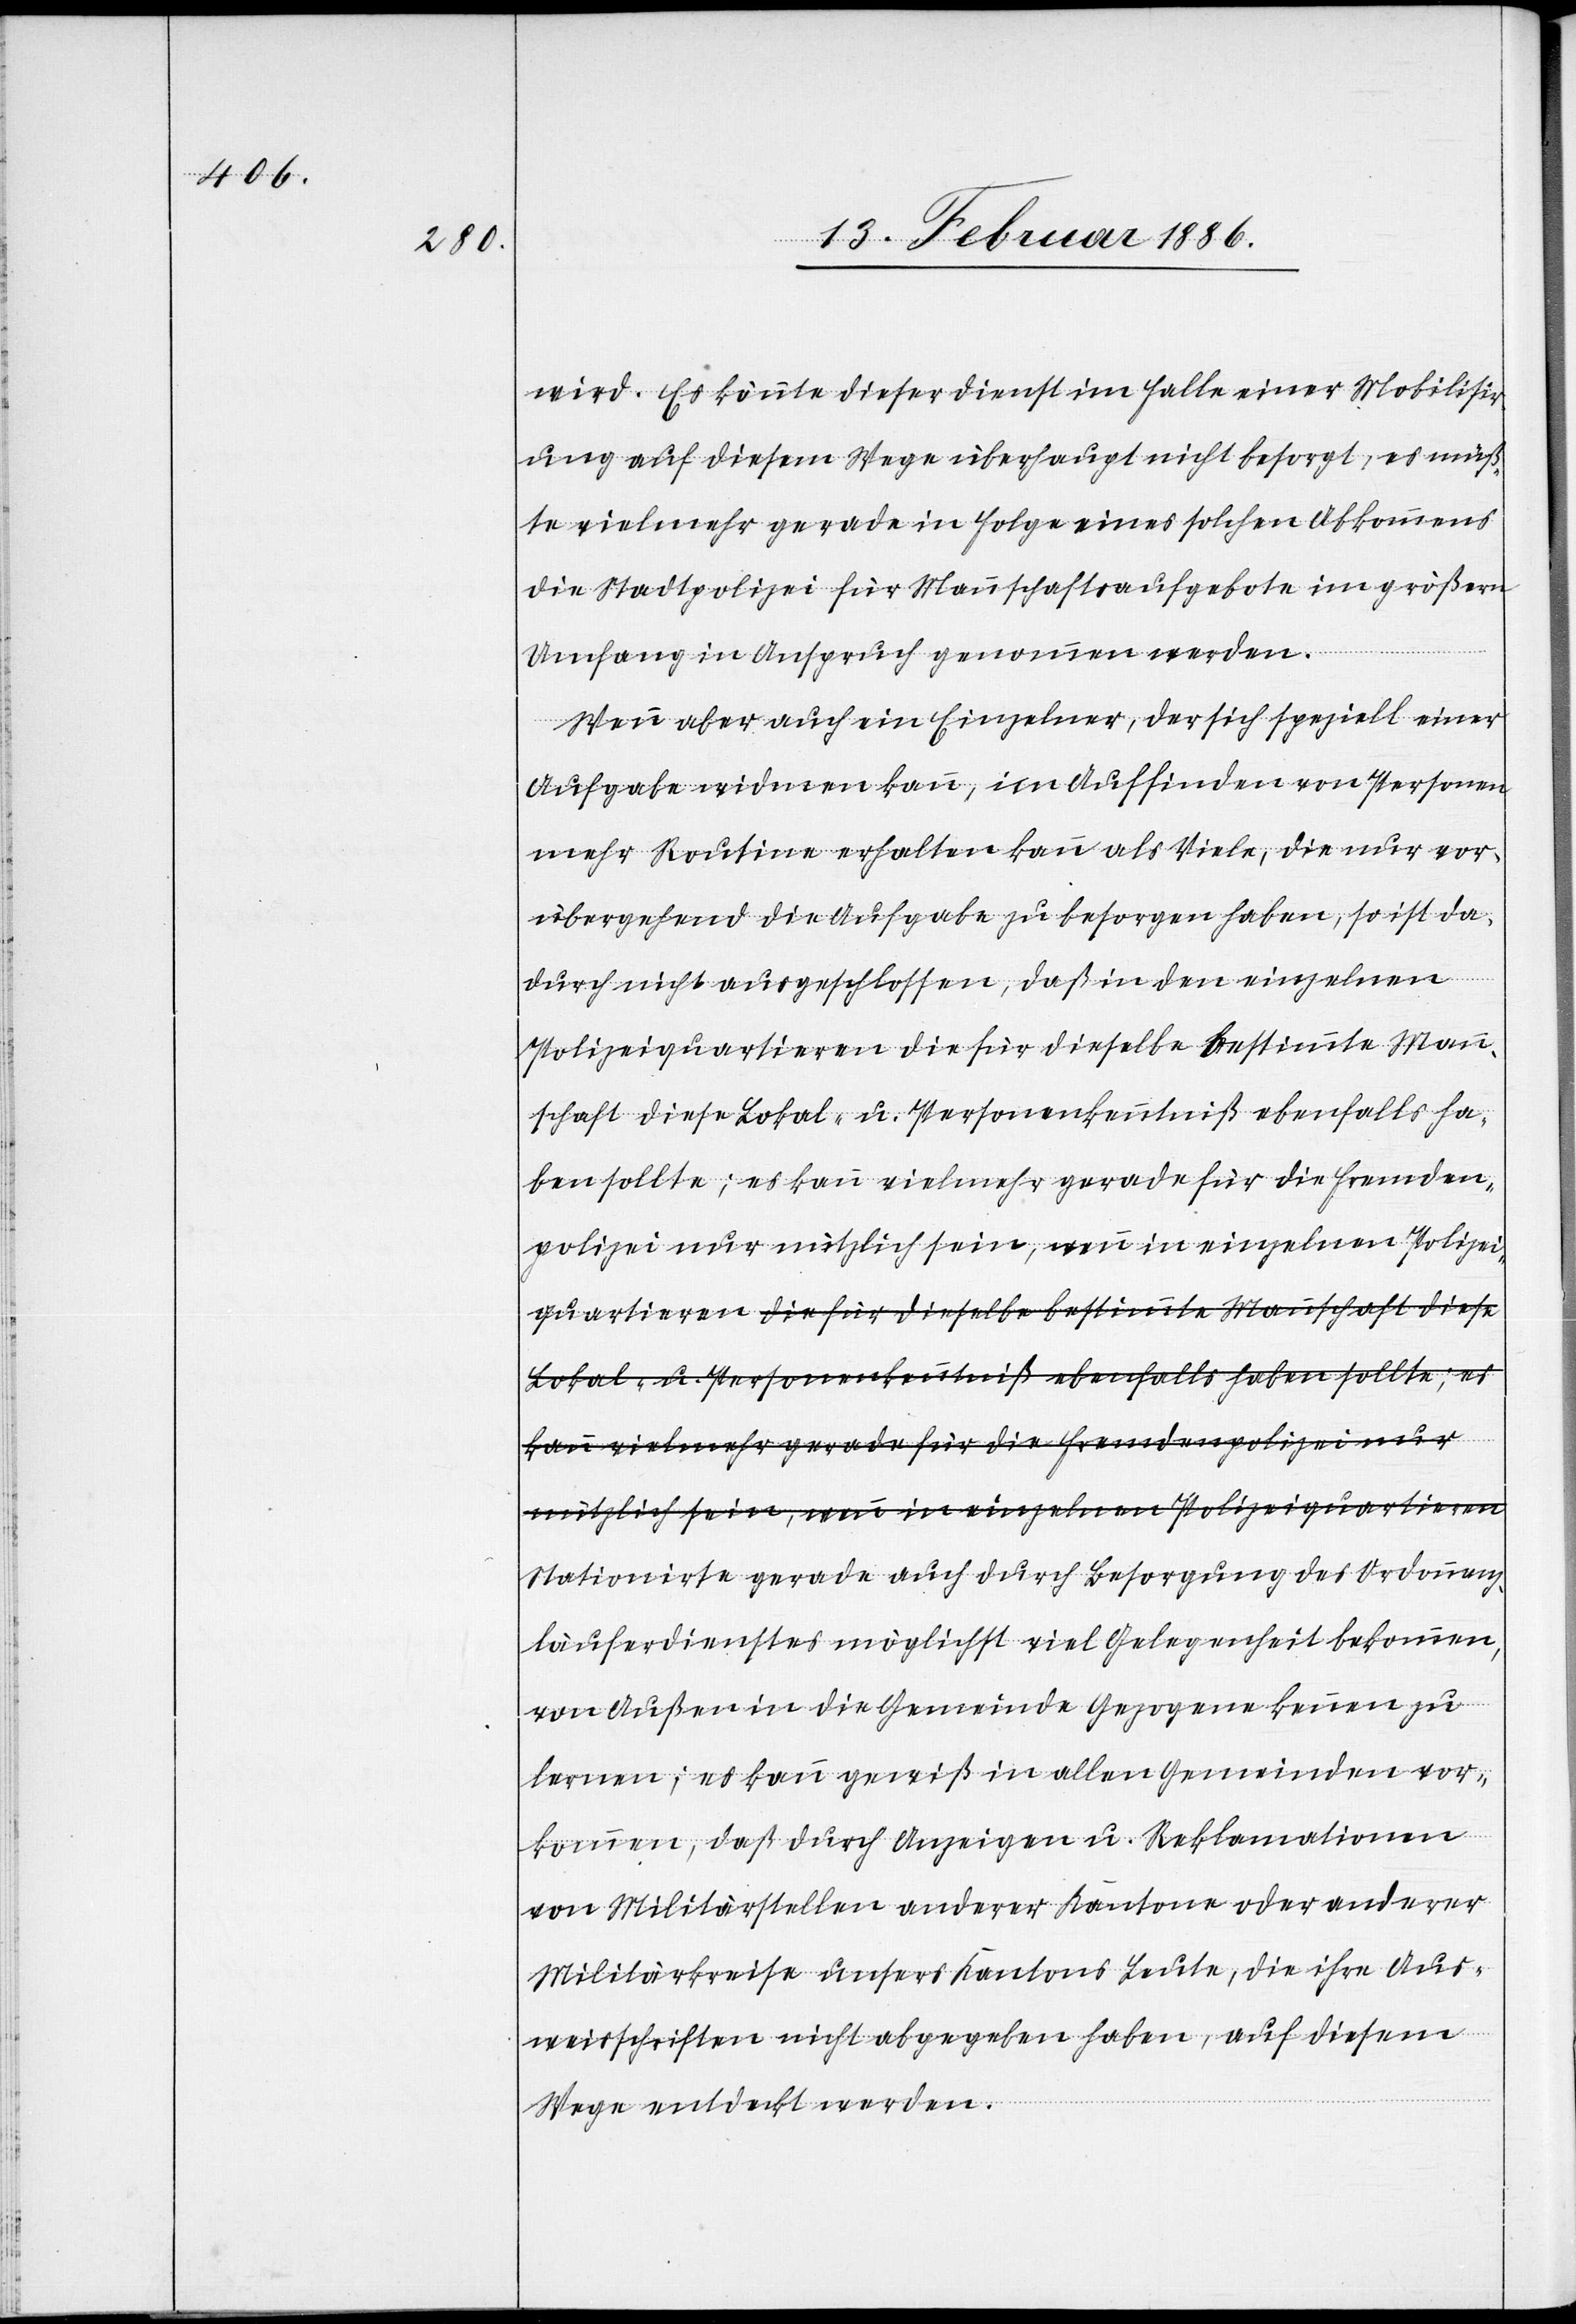
wird. Es könnte dieser Dienst im Falle einer Mobilisie¬
rung auf diesem Wege überhaupt nicht besorgt, es müß¬
te vielmehr gerade in Folge eines solchen Abkommens
die Stadtpolizei für Mannschaftsaufgebote im größern
Umfang in Anspruch genommen werden.
Wenn aber auch ein Einzelner, der sich speziell einer
Aufgabe widmen kann, im Auffinden von Personen
mehr Routine erhalten kann als Viele, die nur vor¬
übergehend die Aufgabe zu besorgen haben, so ist da¬
durch nicht ausgeschlossen, daß in den einzelnen
Polizeiquartieren die für dieselbe bestimmte Mann¬
schaft diese Lokal- u. Personenkenntniß ebenfalls haben
kann vielmehr gerade für die Fremdenpolizei nur
nützlich sein, wenn in einzelnen Polizeiquartieren
Stationierte gerade auch durch Besorgung des Ordonnanz¬
läuferdienstes möglichst viel Gelegenheit bekommen,
von Außen in die Gemeinde Gezogene kennen zu
lernen; es kann gewiß in allen Gemeinden vor¬
kommen, daß durch Anzeige u. Reklamationen
von Militärstellen anderer Kantone oder anderer
Militärkreise unsers Kantons Leute, die ihre Aus¬
weisschriften nicht abgegeben haben, auf diesem
Wege entdeckt werden.